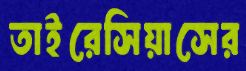
তাইরেসিয়াসের